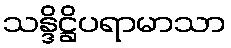
သန္ဒိဋ္ဌိပရာမာသာ